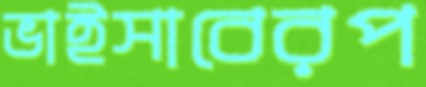
ভাইসাবেরপ